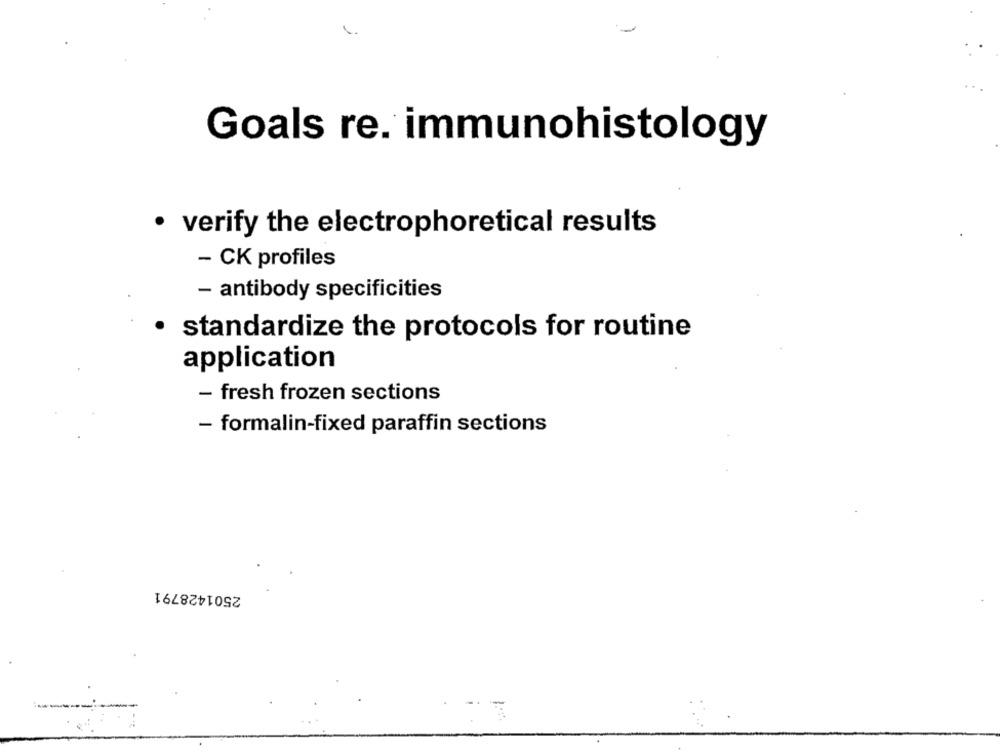
Goals re. immunohistology
· verify the electrophoretical results
- CK profiles
- antibody specificities
standardize the protocols for routine
application
- fresh frozen sections
- formalin-fixed paraffin sections
2501428791